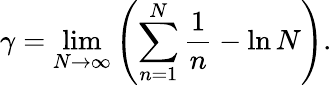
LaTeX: \gamma=\operatorname*{lim}_{N\to\infty}\left(\sum_{n=1}^{N}\frac{1}{n}-\ln N\right).